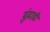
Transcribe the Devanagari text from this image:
ढ़ूंढ़ाड़ी